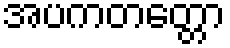
အပကတတ္တော